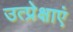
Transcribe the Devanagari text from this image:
उत्प्रेक्षाएं